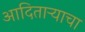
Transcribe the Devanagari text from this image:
आदितार्‍याचा